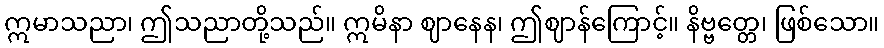
ဣမာသညာ၊ ဤသညာတို့သည်။ ဣမိနာ ဈာနေန၊ ဤဈာန်ကြောင့်။ နိဗ္ဗတ္တေ၊ ဖြစ်သော။